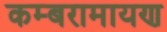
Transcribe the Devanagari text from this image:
कम्बरामायण